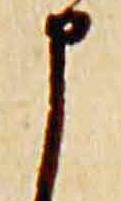
申